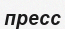
пресс